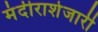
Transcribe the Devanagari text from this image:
मंदीराशेजारी